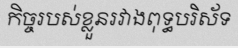
កិច្ចរបស់ខ្លួនរវាងពុទ្ធបរិស័ទ